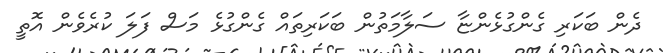
ދެން ބަކަރި ގެންގުޅެންޏާ ސަލާމަތުން ބަކަރިތައް ގެންގުޅެ މަސް ފަލަ ކުރެވެން އޮތީ